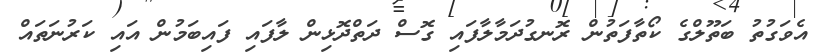
އެވަގުތު ބަތޫލްގެ ކޯތާފަތުން ރޮނގުދަމާލާފައި ގޮސް ދަތްދޮޅިން ލާފައި ފައިބަމުން އައި ކަރުނަތައް